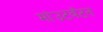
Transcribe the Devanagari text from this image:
मांउटबॅटन